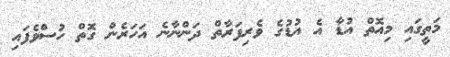
މަތީގައި މިއޮތް އުޑާ އެ އުޑުގެ ވެރިފަރާތް ދަންނާނެ އަހަރެން ގޮތް ހުސްވެފައި